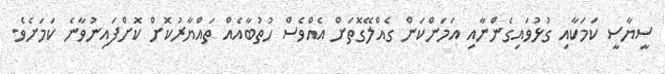
ސީޔާސީ ކަމަކާއި ގުޅުވައިގެންނާއި އަމަންކަން ގެއްލޭގޮތަށް އެއްވެސް ހުތުބާއެއް ތައްޔާރުކޮށް ކޮށްފައިނުވާނެ ކަމަށެވެ.